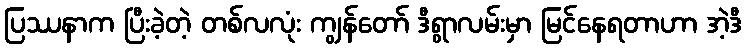
ပြဿနာက ပြီးခဲ့တဲ့ တစ်လလုံး ကျွန်တော် ဒီရွာလမ်းမှာ မြင်နေရတာဟာ အဲ့ဒီ